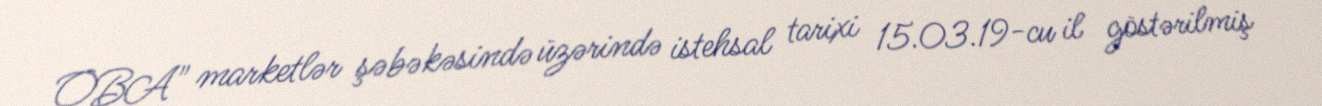
OBA" marketlər şəbəkəsində üzərində istehsal tarixi 15.03.19-cu il göstərilmiş